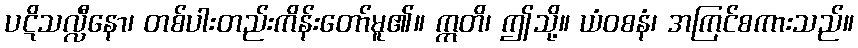
ပဋိသလ္လီနော၊ တစ်ပါးတည်းကိန်းတော်မူ၏။ ဣတိ၊ ဤသို့။ ယံဝစနံ၊ အကြင်စကားသည်။